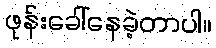
ဖုန်းခေါ်နေခဲ့တာပါ။